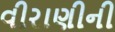
વીરાણીની